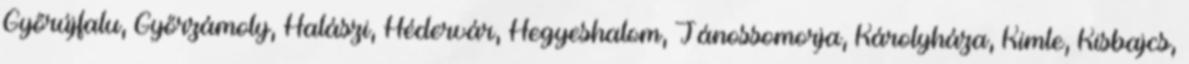
Győrújfalu, Győrzámoly, Halászi, Hédervár, Hegyeshalom, Jánossomorja, Károlyháza, Kimle, Kisbajcs,